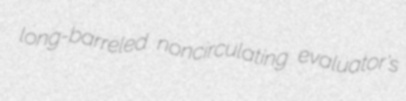
long-barreled noncirculating evaluator's